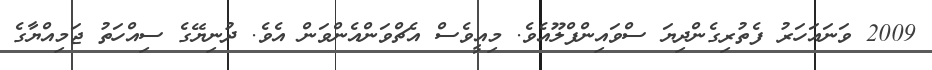
2009 ވަނައަހަރު ފެތުރިގެންދިޔަ ސްވައިންފްލޫއެވެ. މިއީވެސް އެޗްވަންއެންވަން އެވެ. ދުނިޔޭގެ ސިއްހަތު ޖަމިއްޔާގެ